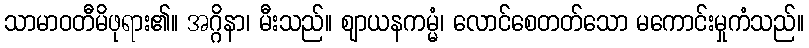
သာမာဝတီမိဖုရား၏။ အဂ္ဂိနာ၊ မီးသည်။ ဈာယနကမ္မံ၊ လောင်စေတတ်သော မကောင်းမှုကံသည်။